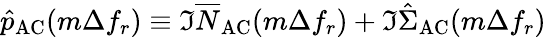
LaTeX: \hat{p}_{\mathrm{AC}}(m\Delta f_{r})\equiv\Im\overline{N}_{\mathrm{AC}}(m\Delta f_{r})+\Im\hat{\Sigma}_{\mathrm{AC}}(m\Delta f_{r})